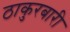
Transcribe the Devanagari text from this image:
ठाकुरबारी